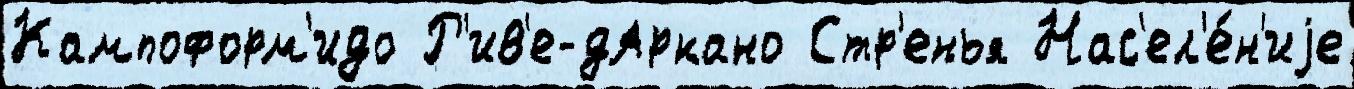
Кампоформ'идо Р'ив'е-дАркано Стр'енья Нас'ел'е́н'иjе